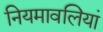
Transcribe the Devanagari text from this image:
नियमावलियां